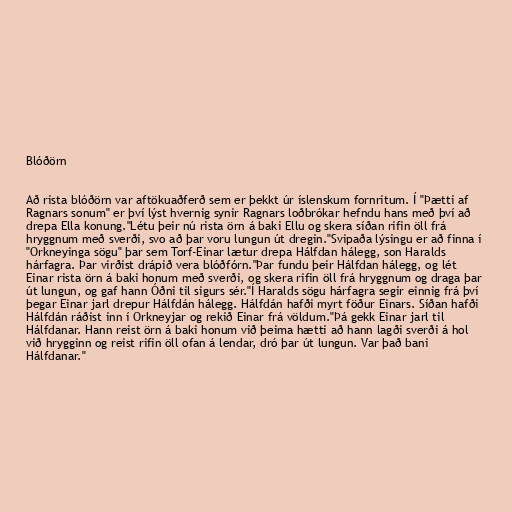
Blóðörn

Að rista blóðörn var aftökuaðferð sem er þekkt úr íslenskum fornritum. Í "Þætti af
Ragnars sonum" er því lýst hvernig synir Ragnars loðbrókar hefndu hans með því að
drepa Ella konung."Létu þeir nú rista örn á baki Ellu og skera síðan rifin öll frá
hryggnum með sverði, svo að þar voru lungun út dregin."Svipaða lýsingu er að finna í
"Orkneyinga sögu" þar sem Torf-Einar lætur drepa Hálfdan hálegg, son Haralds
hárfagra. Þar virðist drápið vera blóðfórn."Þar fundu þeir Hálfdan hálegg, og lét
Einar rista örn á baki honum með sverði, og skera rifin öll frá hryggnum og draga þar
út lungun, og gaf hann Óðni til sigurs sér."Í Haralds sögu hárfagra segir einnig frá því
þegar Einar jarl drepur Hálfdán hálegg. Hálfdán hafði myrt föður Einars. Síðan hafði
Hálfdán ráðist inn í Orkneyjar og rekið Einar frá völdum."Þá gekk Einar jarl til
Hálfdanar. Hann reist örn á baki honum við þeima hætti að hann lagði sverði á hol
við hrygginn og reist rifin öll ofan á lendar, dró þar út lungun. Var það bani
Hálfdanar."